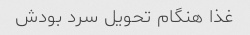
غذا هنگام تحویل سرد بودش